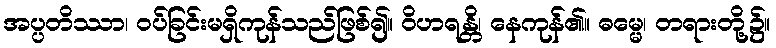
အပ္ပတိဿာ၊ ဝပ်ခြင်းမရှိကုန်သည်ဖြစ်၍။ ဝိဟရန္တိ၊ နေကုန်၏။ ဓမ္မေ၊ တရားတို့၌။